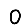
Digit: 0